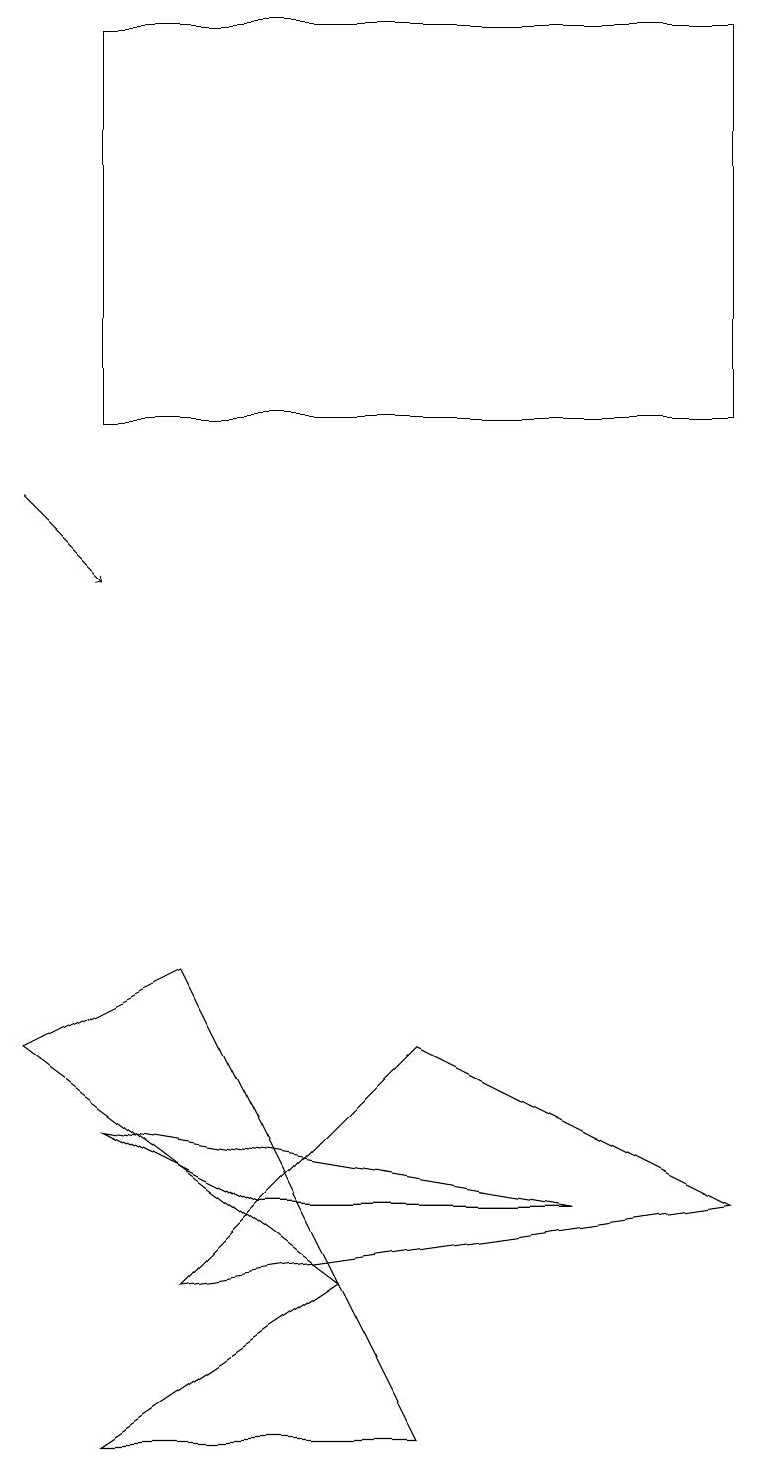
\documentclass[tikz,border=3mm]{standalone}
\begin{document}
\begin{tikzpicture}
\draw (0,5) -- (4,2) -- (2,6) -- cycle;
\draw[->] (0,12) -- (1,11);
\draw (7,3) -- (1,4) -- (3,3) -- cycle;
\draw (2,2) -- (5,5) -- (9,3) -- cycle;
\draw (1,0) -- (4,2) -- (5,0) -- cycle;
\draw (9,13) rectangle (1,18);
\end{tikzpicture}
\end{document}